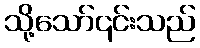
သို့သော်၎င်းသည်